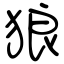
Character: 狼